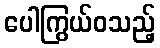
ပေါကြွယ်ဝသည့်